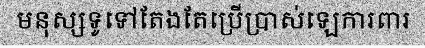
មនុស្សទូទៅតែងតែប្រើប្រាស់ឡេការពារ